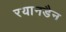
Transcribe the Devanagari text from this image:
रयानडैन